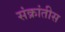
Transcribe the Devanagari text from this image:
संक्रांतीस